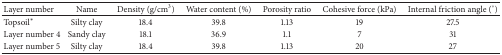
<table><thead><tr><td><b>Layer number</b></td><td><b>Name</b></td><td><b>Density (g/cm<sup>3</sup>)</b></td><td><b>Water content (%)</b></td><td><b>Porosity ratio</b></td><td><b>Cohesive force (kPa)</b></td><td><b>Internal friction angle (°)</b></td></tr></thead><tbody><tr><td>Topsoil*</td><td>Silty clay</td><td>18.4</td><td>39.8</td><td>1.13</td><td>19</td><td>27.5</td></tr><tr><td>Layer number 4</td><td>Sandy clay</td><td>18.1</td><td>36.9</td><td>1.1</td><td>7</td><td>31</td></tr><tr><td>Layer number 5</td><td>Silty clay</td><td>18.4</td><td>39.8</td><td>1.13</td><td>20</td><td>27</td></tr></tbody></table>